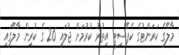
މާލޭގެ ކަރަންޓުގެ ކެޕޭސިޓީ އިތުރު ކުރުމަށް ޖުލައި 26 ގެ ކުރިން މާލޭގައި